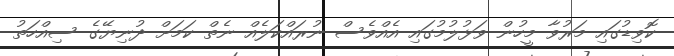
ކޮވިޑުގައި މަރުވާ މީހުން ވަޅުލުމުގައި އެއްވެސް ނުރައްކަލެއް ނެތް ކަމަށް ދުނިޔޭގެ ސިއްހަތު